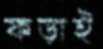
ফড়াই